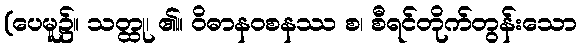
(ပေမူ၌။ သတ္ထု၊ ၏။ ဝိဓာနဝစနဿ စ၊ စီရင်တိုက်တွန်းသော